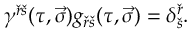
\gamma ^ { \check { r } \check { s } } ( \tau , \vec { \sigma } ) g _ { \check { r } \check { s } } ( \tau , \vec { \sigma } ) = \delta _ { \check { s } } ^ { \check { r } } .